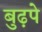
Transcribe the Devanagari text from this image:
बुढ़पे